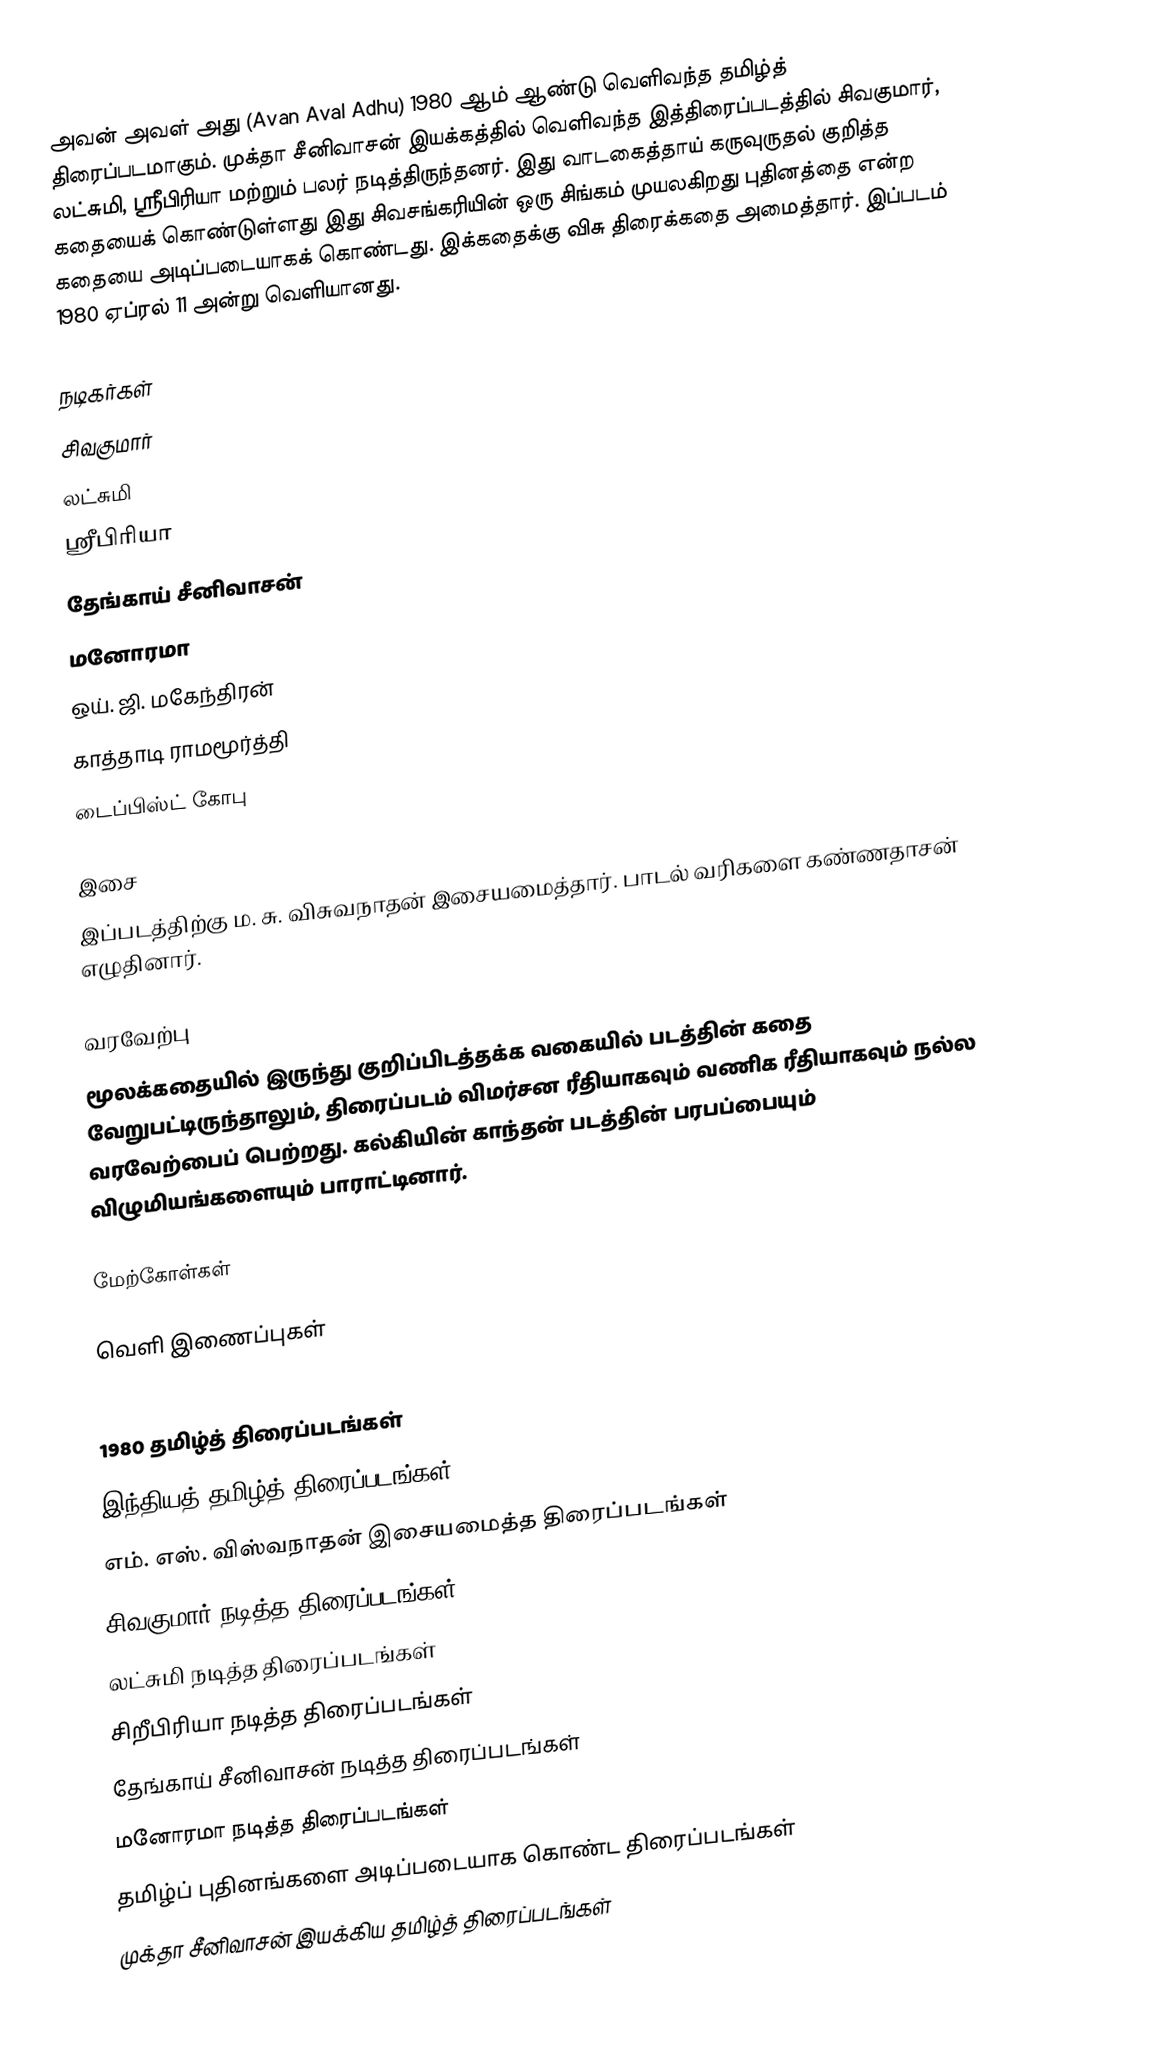
அவன் அவள் அது (Avan Aval Adhu) 1980 ஆம் ஆண்டு வெளிவந்த தமிழ்த் திரைப்படமாகும்.  முக்தா சீனிவாசன் இயக்கத்தில் வெளிவந்த இத்திரைப்படத்தில் சிவகுமார், லட்சுமி, ஸ்ரீபிரியா மற்றும் பலர் நடித்திருந்தனர். இது வாடகைத்தாய் கருவுருதல் குறித்த கதையைக் கொண்டுள்ளது இது சிவசங்கரியின் ஒரு சிங்கம் முயலகிறது புதினத்தை என்ற கதையை அடிப்படையாகக் கொண்டது. இக்கதைக்கு விசு திரைக்கதை அமைத்தார்.  இப்படம் 1980 ஏப்ரல் 11 அன்று வெளியானது.

நடிகர்கள்
 சிவகுமார்
 லட்சுமி
 ஸ்ரீபிரியா
 தேங்காய் சீனிவாசன்
 மனோரமா
 ஒய். ஜி. மகேந்திரன்
 காத்தாடி ராமமூர்த்தி
 டைப்பிஸ்ட் கோபு

இசை
இப்படத்திற்கு ம. சு. விசுவநாதன் இசையமைத்தார். பாடல் வரிகளை கண்ணதாசன் எழுதினார்.

வரவேற்பு
மூலக்கதையில் இருந்து குறிப்பிடத்தக்க வகையில் படத்தின் கதை வேறுபட்டிருந்தாலும், திரைப்படம் விமர்சன ரீதியாகவும் வணிக ரீதியாகவும் நல்ல வரவேற்பைப் பெற்றது. கல்கியின் காந்தன் படத்தின் பரபப்பையும் விழுமியங்களையும் பாராட்டினார்.

மேற்கோள்கள்

வெளி இணைப்புகள்

1980 தமிழ்த் திரைப்படங்கள்
இந்தியத் தமிழ்த் திரைப்படங்கள்
எம். எஸ். விஸ்வநாதன் இசையமைத்த திரைப்படங்கள்
சிவகுமார் நடித்த திரைப்படங்கள்
லட்சுமி நடித்த திரைப்படங்கள்
சிறீபிரியா நடித்த திரைப்படங்கள்
தேங்காய் சீனிவாசன் நடித்த திரைப்படங்கள்
மனோரமா நடித்த திரைப்படங்கள்
தமிழ்ப் புதினங்களை அடிப்படையாக கொண்ட திரைப்படங்கள்
முக்தா சீனிவாசன் இயக்கிய தமிழ்த் திரைப்படங்கள்